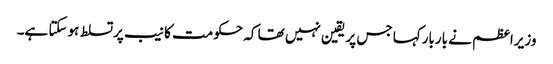
وزیراعظم نے باربارکہا جس پر یقین نہیں تھا کہ حکومت کا نیب پرتسلط ہوسکتا ہے۔